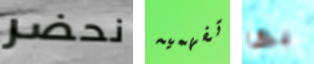
نحضر تفهميه بها